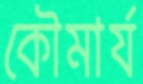
কৌমার্য